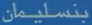
بنسليمان